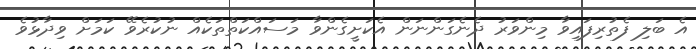
އެ ބަލި ފެތުރިފައިވާ މިންވަރު ދެނެގަންނަން އެކަށީގެންވާ މަސައްކަތްތަކެއް ނުކުރެވޭ ކަމަށް ވިދާޅުވެ